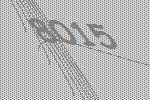
8015